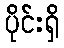
ပိုင်းရှိ